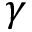
\gamma